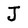
Character: J